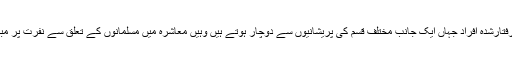
شک و شبہات اور قیاس کی بنیادوں پر گرفتارشدہ افراد جہاں ایک جانب مختلف قسم کی پریشانیوں سے دوچار ہوتے ہیں وہیں معاشرہ میں مسلمانوں کے تعلق سے نفرت پر مبنی ایک عمومی فضا بھی ہموار ہوتی ہے۔